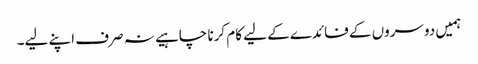
ہمیں دوسروں کے فائدے کے لیے کام کرنا چاہیے نہ صرف اپنے لیے۔